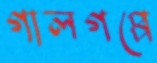
গালগপ্পে